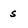
Character: s